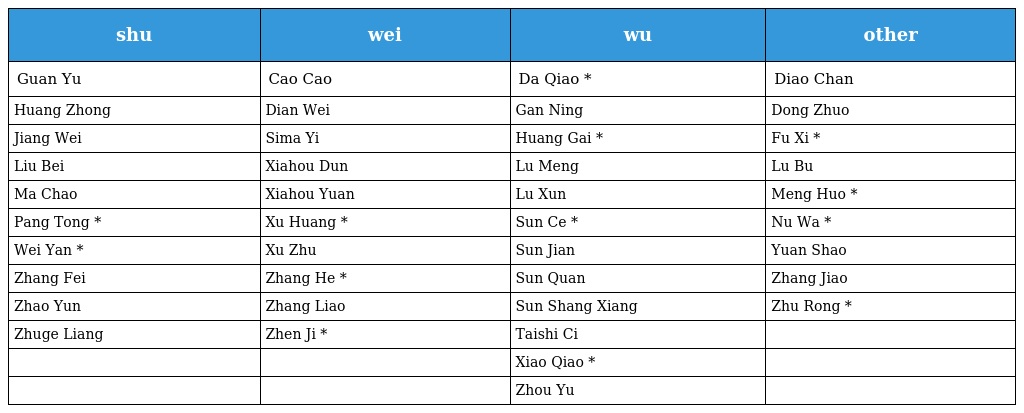
| shu | wei | wu | other |
 | --- | --- | --- | --- |
 | Guan Yu | Cao Cao | Da Qiao * | Diao Chan |
 | Huang Zhong | Dian Wei | Gan Ning | Dong Zhuo |
 | Jiang Wei | Sima Yi | Huang Gai * | Fu Xi * |
 | Liu Bei | Xiahou Dun | Lu Meng | Lu Bu |
 | Ma Chao | Xiahou Yuan | Lu Xun | Meng Huo * |
 | Pang Tong * | Xu Huang * | Sun Ce * | Nu Wa * |
 | Wei Yan * | Xu Zhu | Sun Jian | Yuan Shao |
 | Zhang Fei | Zhang He * | Sun Quan | Zhang Jiao |
 | Zhao Yun | Zhang Liao | Sun Shang Xiang | Zhu Rong * |
 | Zhuge Liang | Zhen Ji * | Taishi Ci |  |
 |  |  | Xiao Qiao * |  |
 |  |  | Zhou Yu |  |